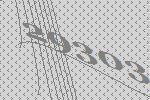
29303